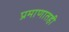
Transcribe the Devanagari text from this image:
प्रमाणातही